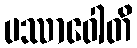
ပဿာဝေါတိ